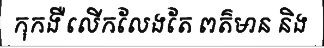
កុកងឺ លើកលែងតែ ពត៌មាន និង